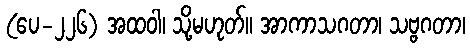
(ပေ-၂၂၆) အထဝါ၊ သို့မဟုတ်။ အာကာသဂတာ၊ သဗ္ဗဂတာ၊